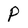
Character: p